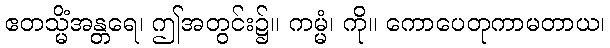
ဧတသ္မိံအန္တရေ၊ ဤအတွင်း၌။ ကမ္မံ၊ ကို။ ကောပေတုကာမတာယ၊